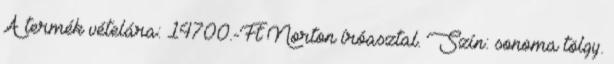
A termék vételára: 14700.-Ft Norton íróasztal. Szín: sonoma tölgy.